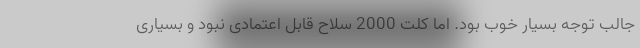
جالب توجه بسیار خوب بود. اما کلت 2000 سلاح قابل اعتمادی نبود و بسیاری